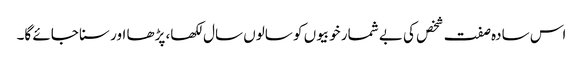
اس سادہ صفت شخص کی بے شمار خوبیوں کو سالوں سال لکھا، پڑھا اور سنا جائے گا۔